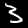
Digit: 3